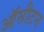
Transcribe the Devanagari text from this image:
ऑसीटन